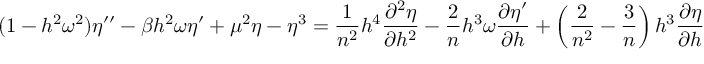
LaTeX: ( 1 - h ^ { 2 } \omega ^ { 2 } ) \eta ^ { \prime \prime } - \beta h ^ { 2 } \omega \eta ^ { \prime } + \mu ^ { 2 } \eta - \eta ^ { 3 } = \frac { 1 } { n ^ { 2 } } h ^ { 4 } { \frac { \partial ^ { 2 } \eta } { \partial h ^ { 2 } } } - \frac { 2 } { n } h ^ { 3 } \omega { \frac { \partial \eta ^ { \prime } } { \partial h } } + \left( \frac { 2 } { n ^ { 2 } } - \frac { 3 } { n } \right) h ^ { 3 } { \frac { \partial \eta } { \partial h } }